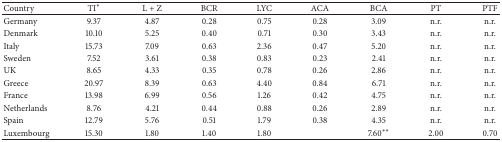
| Country | TI∗ | L + Z | BCR | LYC | ACA | BCA | PT | PTF |
 | --- | --- | --- | --- | --- | --- | --- | --- | --- |
 | Germany | 9.37 | 4.87 | 0.28 | 0.75 | 0.28 | 3.09 | n.r. | n.r. |
 | Denmark | 10.10 | 5.25 | 0.40 | 0.71 | 0.30 | 3.43 | n.r. | n.r. |
 | Italy | 15.73 | 7.09 | 0.63 | 2.36 | 0.47 | 5.20 | n.r. | n.r. |
 | Sweden | 7.52 | 3.61 | 0.38 | 0.83 | 0.23 | 2.41 | n.r. | n.r. |
 | UK | 8.65 | 4.33 | 0.35 | 0.78 | 0.26 | 2.86 | n.r. | n.r. |
 | Greece | 20.97 | 8.39 | 0.63 | 4.40 | 0.84 | 6.71 | n.r. | n.r. |
 | France | 13.98 | 6.99 | 0.56 | 1.26 | 0.42 | 4.75 | n.r. | n.r. |
 | Netherlands | 8.76 | 4.21 | 0.44 | 0.88 | 0.26 | 2.89 | n.r. | n.r. |
 | Spain | 12.79 | 5.76 | 0.51 | 1.79 | 0.38 | 4.35 | n.r. | n.r. |
 | Luxembourg | 15.30 | 1.80 | 1.40 | 1.80 |  | 7.60∗∗ | 2.00 | 0.70 |